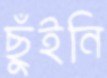
ছুঁইনি